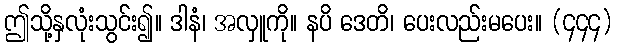
ဤသို့နှလုံးသွင်း၍။ ဒါနံ၊ အလှူကို။ နပိ ဒေတိ၊ ပေးလည်းမပေး။ (၄၄၄)